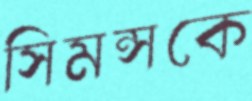
সিমন্সকে